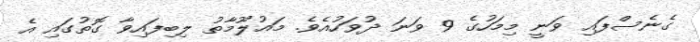
ގެނެސްފައި ވަނީ މިމަހުގެ 9 ވަނަ ދުވަހުއެވެ. މައުލޫމާތު ލިބިފައިވާ ގޮތުގައި އެ